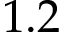
1 . 2